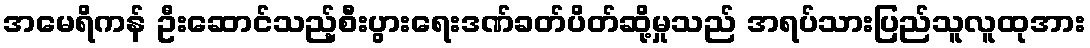
အမေရိကန် ဦးဆောင်သည့်စီးပွားရေးဒဏ်ခတ်ပိတ်ဆို့မှုသည် အရပ်သားပြည်သူလူထုအား